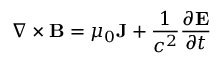
\nabla \times \mathbf { B } = \mu _ { 0 } \mathbf { J } + { \frac { 1 } { c ^ { 2 } } } { \frac { \partial \mathbf { E } } { \partial t } }